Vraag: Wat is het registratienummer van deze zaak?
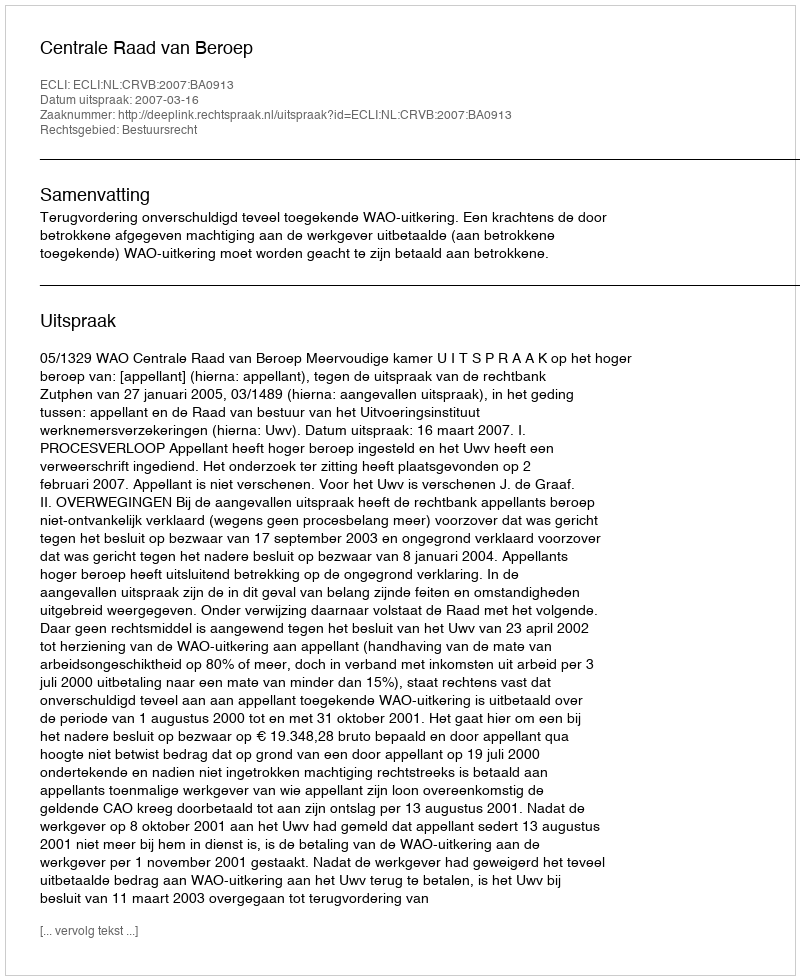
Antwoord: http://deeplink.rechtspraak.nl/uitspraak?id=ECLI:NL:CRVB:2007:BA0913